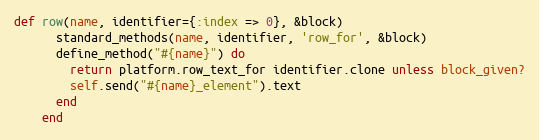
Language: Ruby
def row(name, identifier={:index => 0}, &block)
      standard_methods(name, identifier, 'row_for', &block)
      define_method("#{name}") do
        return platform.row_text_for identifier.clone unless block_given?
        self.send("#{name}_element").text
      end
    end